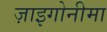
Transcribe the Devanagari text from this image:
ज़ाइगोनीमा